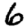
Digit: 6